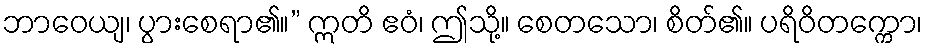
ဘာဝေယျ၊ ပွားစေရာ၏။” ဣတိ ဧဝံ၊ ဤသို့။ စေတသော၊ စိတ်၏။ ပရိဝိတက္ကော၊